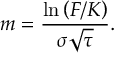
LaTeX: m = { \frac { \ln \left( F / K \right) } { \sigma { \sqrt { \tau } } } } .